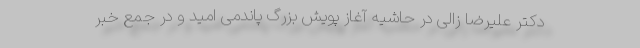
دکتر علیرضا زالی در حاشیه آغاز پویش بزرگ پاندمی امید و در جمع خبر